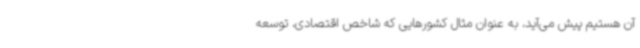
آن هستیم پیش می‌آید، به عنوان مثال کشورهایی که شاخص اقتصادی، توسعه